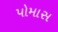
પોમાસ